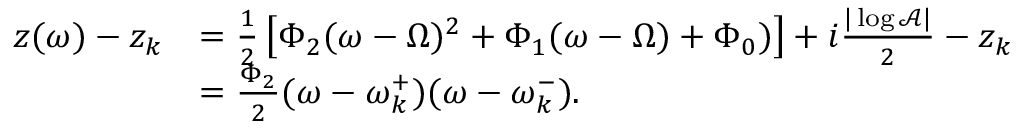
\begin{array} { r l } { z ( \omega ) - z _ { k } } & { = \frac { 1 } { 2 } \left[ \Phi _ { 2 } ( \omega - \Omega ) ^ { 2 } + \Phi _ { 1 } ( \omega - \Omega ) + \Phi _ { 0 } ) \right] + i \frac { | \log \mathcal { A } | } { 2 } - z _ { k } } \\ & { = \frac { \Phi _ { 2 } } { 2 } ( \omega - \omega _ { k } ^ { + } ) ( \omega - \omega _ { k } ^ { - } ) . } \end{array}